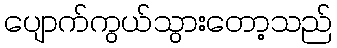
ပျောက်ကွယ်သွားတော့သည်